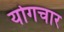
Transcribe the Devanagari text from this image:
योगचार